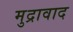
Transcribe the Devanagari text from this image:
मुद्रावाद